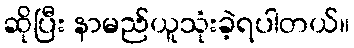
ဆိုပြီး နာမည်ယူသုံးခဲ့ရပါတယ်။